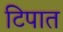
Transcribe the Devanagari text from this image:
टिपात